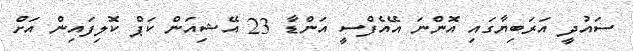
ސައުދީ އަރަބިޔާގައި އޮންނަ އޭއެފްސީ އަންޑާ 23 އޭޝިއަން ކަޕް ކޮލިފައިން އަށް